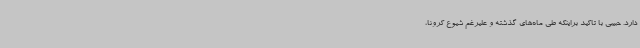
دارد. حبیبی با تاکید براینکه طی ماه‌های گذشته و علیرغم شیوع کرونا،